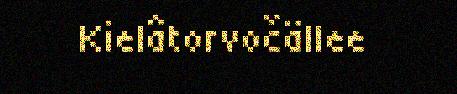
Kielâtorvočällee